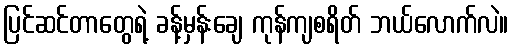
ပြင်ဆင်တာတွေရဲ့ ခန့်မှန်းချေ ကုန်ကျစရိတ် ဘယ်လောက်လဲ။